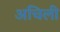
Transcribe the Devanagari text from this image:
अचिली